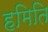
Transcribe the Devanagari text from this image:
हमिति